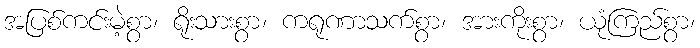
အပြစ်ကင်းမဲ့စွာ၊ ရိုးသားစွာ၊ ကရုဏာသက်စွာ၊ အားကိုးစွာ၊ ယုံကြည်စွာ၊